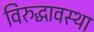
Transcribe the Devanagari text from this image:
विरुद्धावस्था